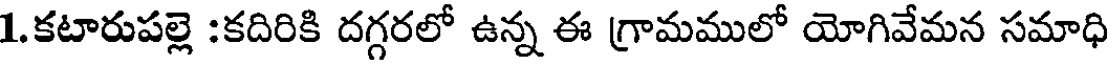
1.కటారుపల్లె :కదిరికి దగ్గరలో ఉన్న ఈ గ్రామములో యోగివేమన సమాధి